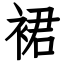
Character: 裙